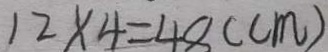
1 2 \times 4 = 4 8 ( c m )